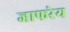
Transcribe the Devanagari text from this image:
जाफरेय